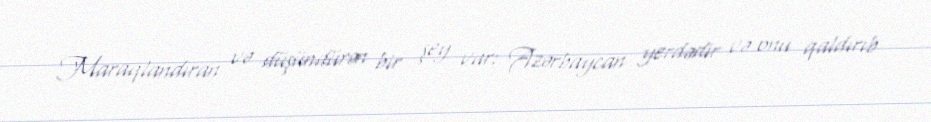
Maraqlandıran və düşündürən bir şey var: Azərbaycan yerdədir və onu qaldırıb